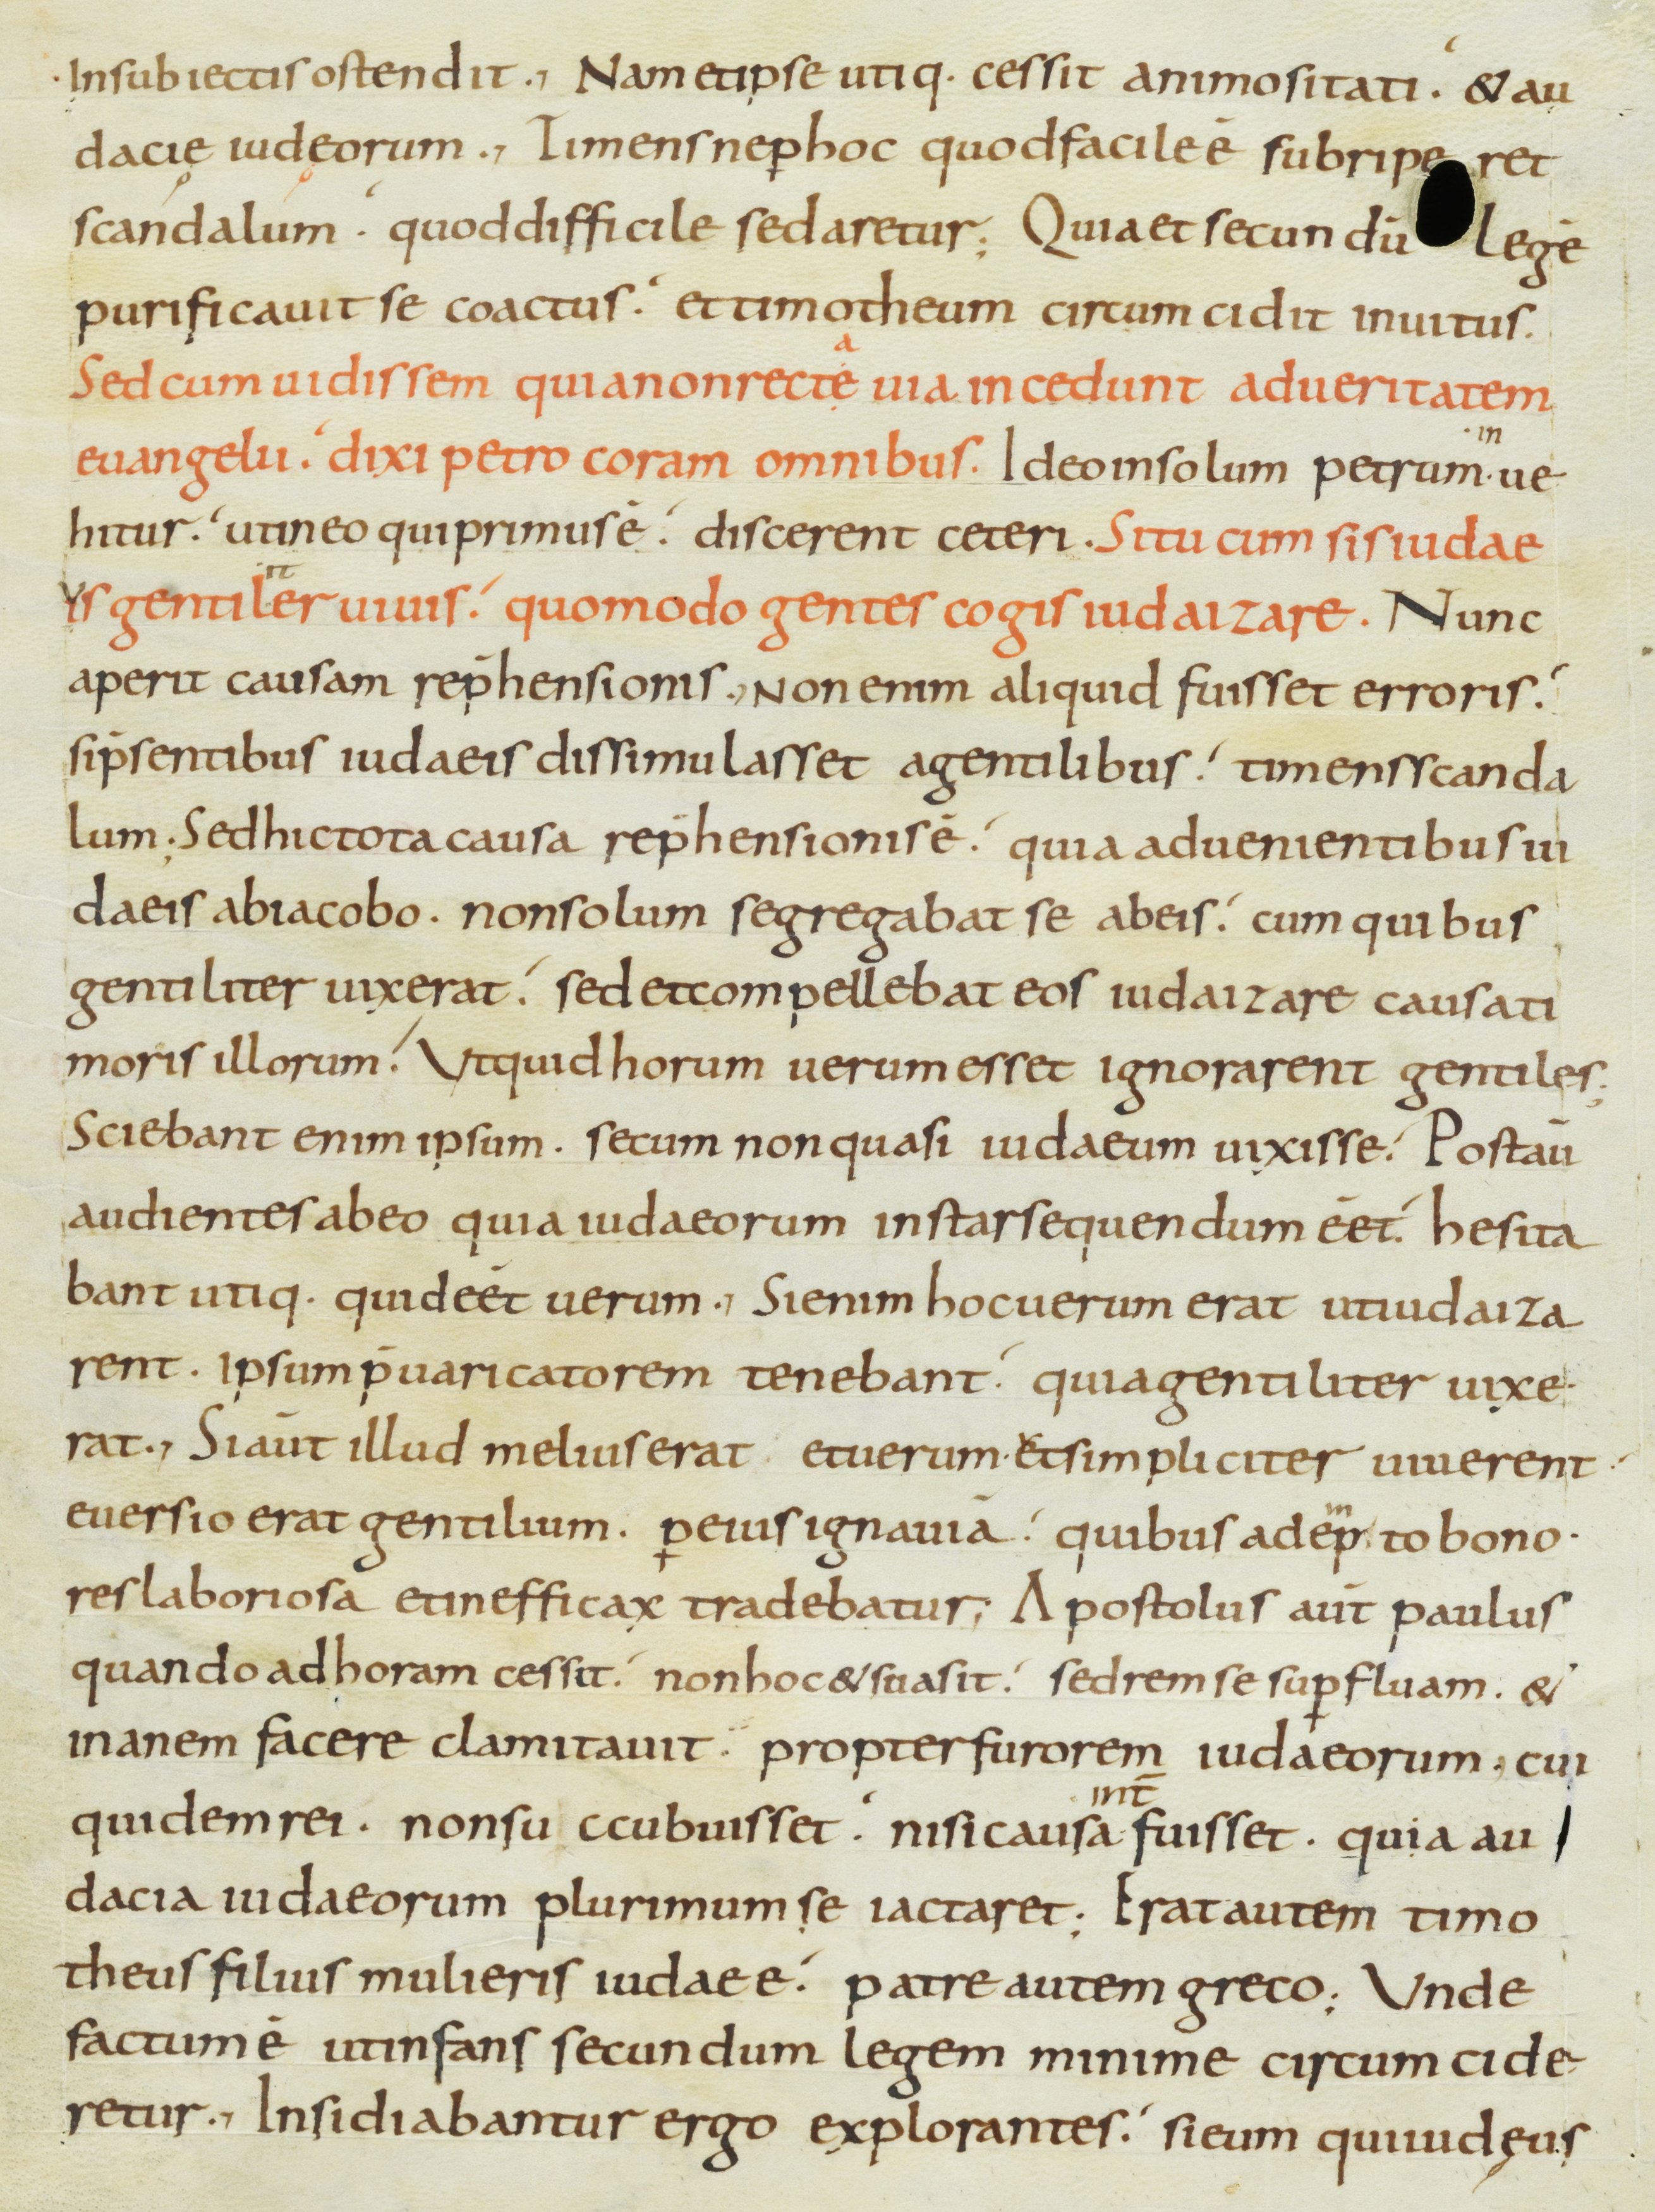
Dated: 800–899